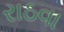
રાઠવા